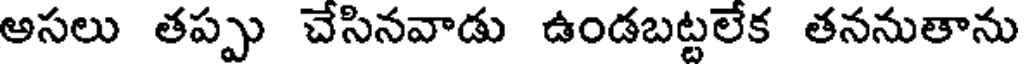
అసలు తప్పు చేసినవాడు ఉండబట్టలేక తననుతాను